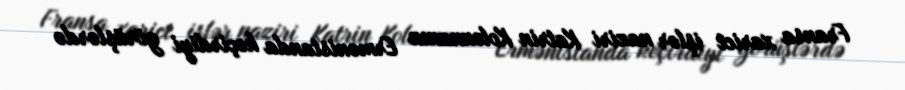
Fransa xarici işlər naziri Katrin Kolonnanın Ermənistanda keçirdiyi görüşlərdə